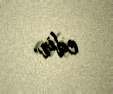
edir.